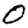
Digit: 0